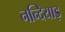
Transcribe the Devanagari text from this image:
नन्दियाड़